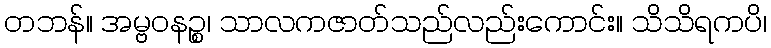
တဘန်။ အမ္ဗဝနဉ္စ၊ သာလကဇာတ်သည်လည်းကောင်း။ သိသိရကပိ၊